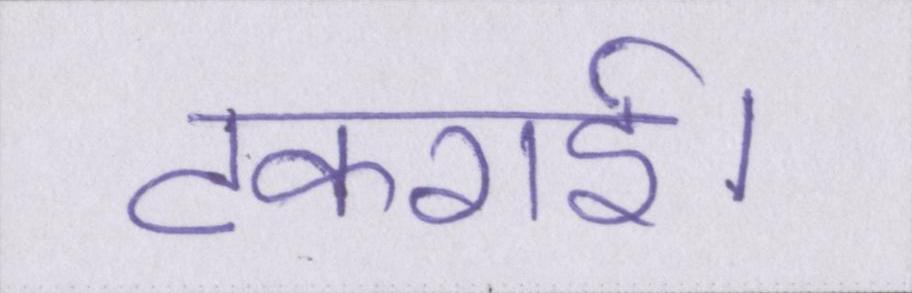
टकराई।